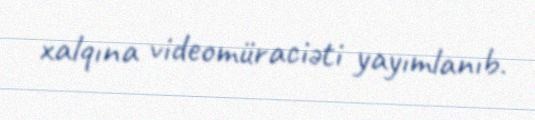
xalqına videomüraciəti yayımlanıb.